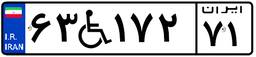
۶۳W۱۷۲۷۱